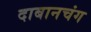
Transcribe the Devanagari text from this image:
दाबानचंग